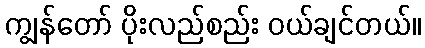
ကျွန်တော် ပိုးလည်စည်း ဝယ်ချင်တယ်။